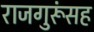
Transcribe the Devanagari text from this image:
राजगुरूंसह